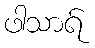
ဖါသာရ်